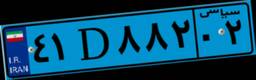
۴۱D۸۸۲۰۲